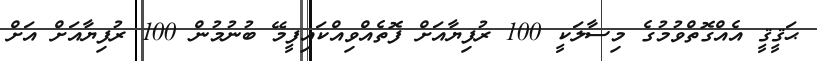
ޙަޤީޤީ އެއްގޮތްވުމުގެ މިސާލަކީ 100 ރުފިޔާއަށް ފޮތެއްވިއްކައިފީމޭ ބުނުމުން 100 ރުފިޔާއަށް އަށް